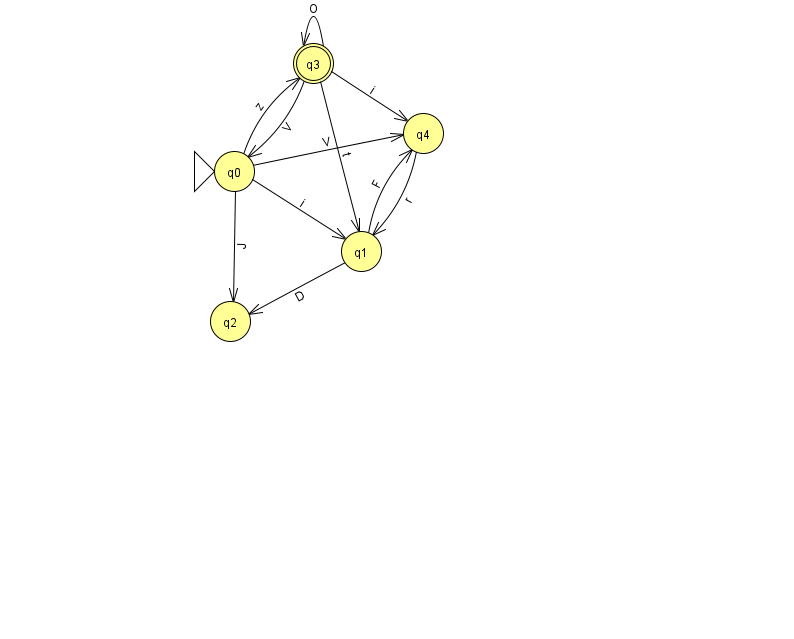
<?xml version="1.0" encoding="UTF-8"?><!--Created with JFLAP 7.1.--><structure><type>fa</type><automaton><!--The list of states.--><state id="0" name="q0"><x>234.0</x><y>158.0</y><initial/></state><state id="1" name="q1"><x>361.0</x><y>238.0</y></state><state id="2" name="q2"><x>230.0</x><y>308.0</y></state><state id="3" name="q3"><x>313.0</x><y>50.0</y><final/></state><state id="4" name="q4"><x>423.0</x><y>120.0</y></state><!--The list of transitions.--><transition><from>0</from><to>3</to><read>z</read></transition><transition><from>1</from><to>2</to><read>D</read></transition><transition><from>3</from><to>0</to><read>V</read></transition><transition><from>1</from><to>4</to><read>F</read></transition><transition><from>0</from><to>4</to><read>V</read></transition><transition><from>3</from><to>1</to><read>t</read></transition><transition><from>3</from><to>4</to><read>i</read></transition><transition><from>4</from><to>1</to><read>r</read></transition><transition><from>0</from><to>1</to><read>i</read></transition><transition><from>0</from><to>2</to><read>J</read></transition><transition><from>3</from><to>3</to><read>O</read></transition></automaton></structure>